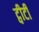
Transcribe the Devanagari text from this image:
ट्वीटी